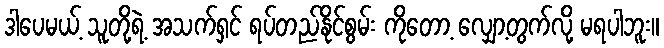
ဒါပေမယ့် သူတို့ရဲ့ အသက်ရှင် ရပ်တည်နိုင်စွမ်း ကိုတော့ လျှော့တွက်လို့ မရပါဘူး။